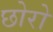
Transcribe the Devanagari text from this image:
छोरो